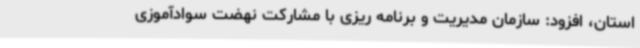
استان، افزود: سازمان مدیریت و برنامه ریزی با مشارکت نهضت سوادآموزی